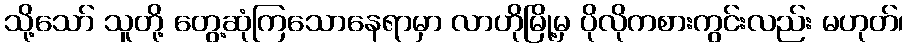
သို့သော် သူတို့ တွေ့ဆုံကြသောနေရာမှာ လာဟိုမြို့မှ ပိုလိုကစားကွင်းလည်း မဟုတ်၊